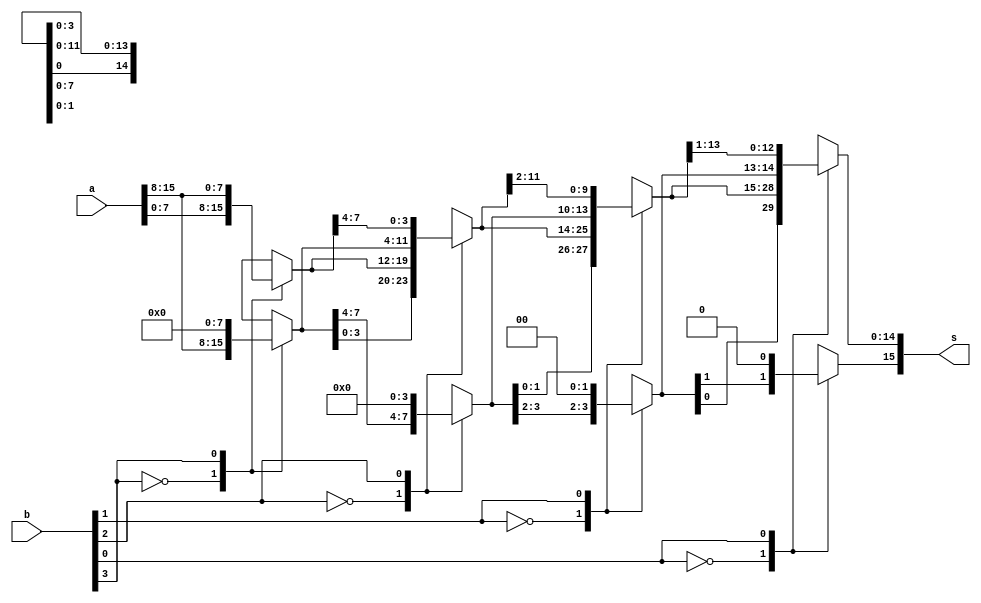
module sixteen_bit_shiftright_21 (
    input [15:0] a,
    input [3:0] b,
    output reg [15:0] s
  );
  
  
  
  reg [15:0] w;
  reg [15:0] x;
  reg [15:0] y;
  
  always @* begin
    
    case (b[3+0-:1])
      1'h0: begin
        w = a;
      end
      1'h1: begin
        w[8+7-:8] = 8'h00;
        w[0+7-:8] = a[8+7-:8];
      end
      default: begin
        w = a;
      end
    endcase
    
    case (b[2+0-:1])
      1'h0: begin
        x = w;
      end
      1'h1: begin
        x[12+3-:4] = 4'h0;
        x[0+11-:12] = w[4+11-:12];
      end
      default: begin
        x = w;
      end
    endcase
    
    case (b[1+0-:1])
      1'h0: begin
        y = x;
      end
      1'h1: begin
        y[14+1-:2] = 2'h0;
        y[0+13-:14] = x[2+13-:14];
      end
      default: begin
        y = x;
      end
    endcase
    
    case (b[0+0-:1])
      1'h0: begin
        s = y;
      end
      1'h1: begin
        s[15+0-:1] = 1'h0;
        s[0+14-:15] = y[1+14-:15];
      end
      default: begin
        s = y;
      end
    endcase
  end
endmodule